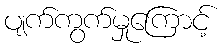
ပျက်ကွက်မှုကြောင့်